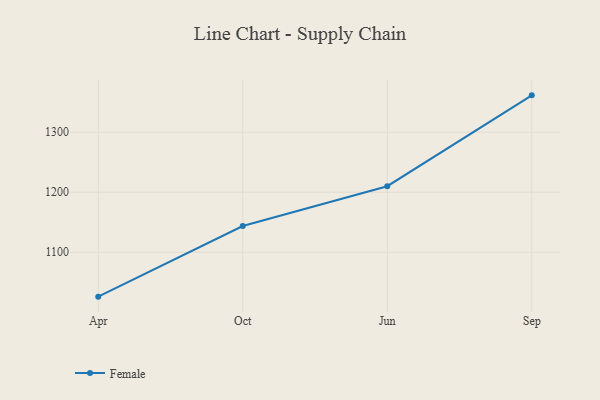
{"axis": {"x": "Month", "y": "Population (Million)"}, "legend": ["Female"], "data": [{"x": "Apr", "y": 1026.1, "type": "Female"}, {"x": "Oct", "y": 1143.7, "type": "Female"}, {"x": "Jun", "y": 1210.0, "type": "Female"}, {"x": "Sep", "y": 1361.3, "type": "Female"}]}